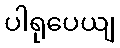
ပါရုပေယျ